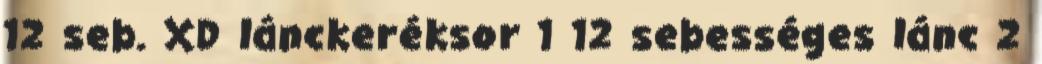
12 seb. XD lánckeréksor 1 12 sebességes lánc 2